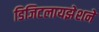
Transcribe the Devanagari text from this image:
डिजिटलायझेशने